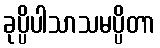
ခုပ္ပိပါသာသမပ္ပိတာ